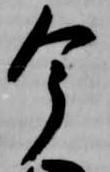
今